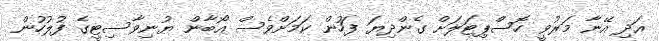
އަދި އޭނާ މަރުވީ ހޮސްޕިޓަލަށް ގެންދިޔަ ފަހުން ކަމަށްވެސް އޯބާން ޔުނިވާސިޓީގެ ފުލުހުން